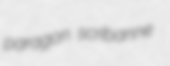
paragon scribanne